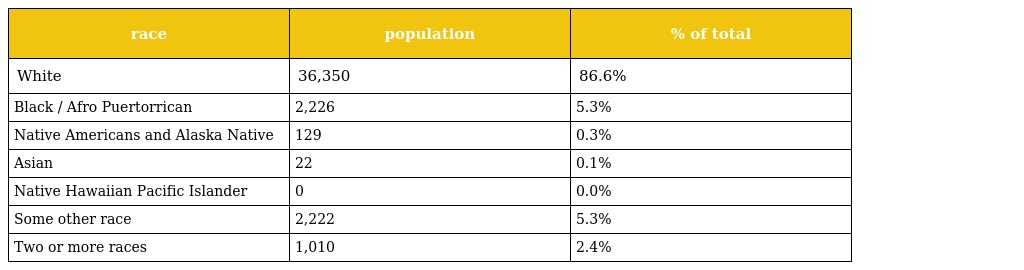
| race | population | % of total |
 | --- | --- | --- |
 | White | 36,350 | 86.6% |
 | Black / Afro Puertorrican | 2,226 | 5.3% |
 | Native Americans and Alaska Native | 129 | 0.3% |
 | Asian | 22 | 0.1% |
 | Native Hawaiian Pacific Islander | 0 | 0.0% |
 | Some other race | 2,222 | 5.3% |
 | Two or more races | 1,010 | 2.4% |